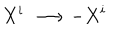
X ^ { i } ~ \longrightarrow - X ^ { i }